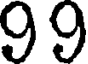
99